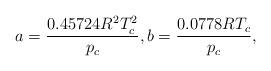
LaTeX: \begin{align*}a = \frac{{0.45724{R^2}T_c^2}}{{{p_c}}},b = \frac{{0.0778R{T_c}}}{{{p_c}}},\end{align*}